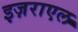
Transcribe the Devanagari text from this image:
इज़राएल